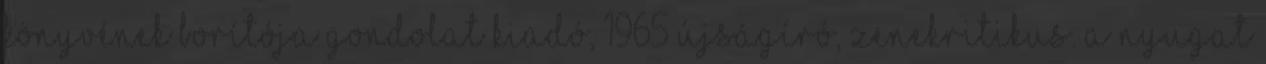
könyvének borítója Gondolat Kiadó, 1965 újságíró, zenekritikus. A Nyugat